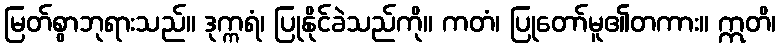
မြတ်စွာဘုရားသည်။ ဒုက္ကရံ၊ ပြုနိုင်ခဲသည်ကို။ ကတံ၊ ပြုတော်မူ၏တကား။ ဣတိ၊